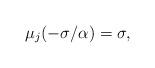
LaTeX: \begin{align*} \mu_j(-\sigma/\alpha)=\sigma, \end{align*}